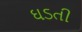
ઘડતી